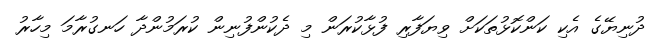
ދުނިޔޭގެ އެކި ކަންކޮޅުތަކަށް ވިޔަފާރި ފުޅާކުރަން މި ދެކުންފުނިން ކުރަމުންދާ ހަނގުރާމަ މިހާރު